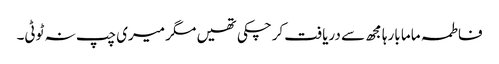
فاطمہ ماما بارہا مجھ سے دریافت کرچکی تھیں مگر میری چپ نہ ٹوٹی۔